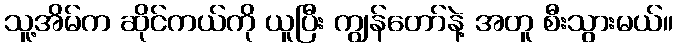
သူ့အိမ်က ဆိုင်ကယ်ကို ယူပြီး ကျွန်တော်နဲ့ အတူ စီးသွားမယ်။